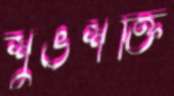
শুভশক্তি